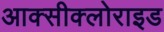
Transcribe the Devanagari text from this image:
आक्‍सीक्‍लोराइड